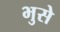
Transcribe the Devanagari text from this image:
भुसे